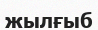
жылғыб